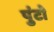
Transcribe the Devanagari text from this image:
पुंटो